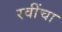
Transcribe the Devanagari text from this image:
रवींचा